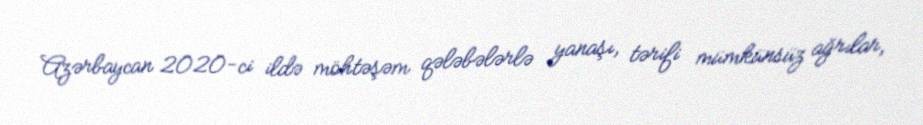
Azərbaycan 2020-ci ildə möhtəşəm qələbələrlə yanaşı, tərifi mümkünsüz ağrılar,